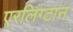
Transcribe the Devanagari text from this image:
एरलिंग्टान